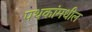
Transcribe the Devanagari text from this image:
पथकांमधील